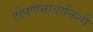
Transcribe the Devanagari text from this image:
टोपणनावानिशी